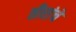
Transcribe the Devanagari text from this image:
तीरांचे